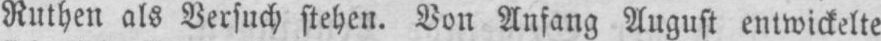
Ruthen als Versuch stehen. Von Anfang August entwickelte